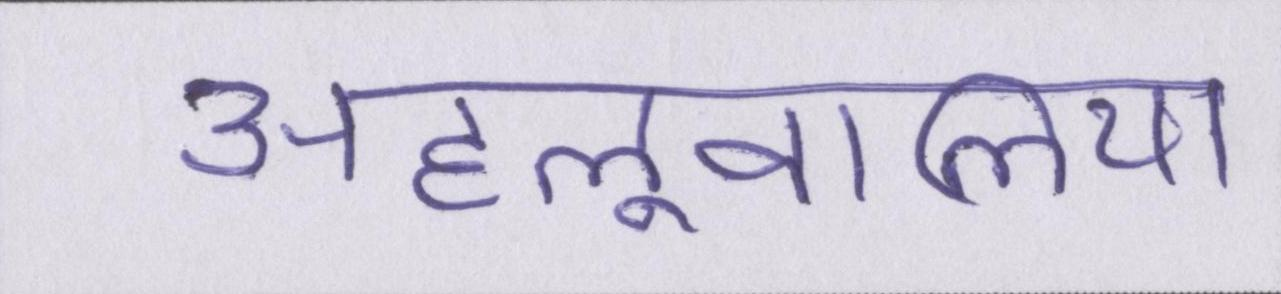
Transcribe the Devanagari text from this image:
अहलूवालिया